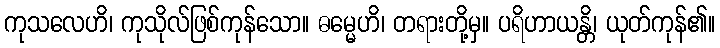
ကုသလေဟိ၊ ကုသိုလ်ဖြစ်ကုန်သော။ ဓမ္မေဟိ၊ တရားတို့မှ။ ပရိဟာယန္တိ၊ ယုတ်ကုန်၏။